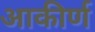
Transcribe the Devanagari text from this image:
आकीर्ण